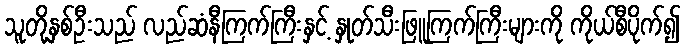
သူတို့နှစ်ဦးသည် လည်ဆံနီကြက်ကြီးနှင့် နှုတ်သီးဖြူကြက်ကြီးများကို ကိုယ်စီပိုက်၍